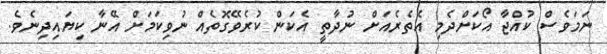
ނަމަވެސް ކުއްޖާ އޯކަށްދެމި އެތެރެއަށް ނުދާތީ އެކަން ކުރެވޭގޮތެއް ނުވިކަމަށް އޭނާ ކިޔައިދިނެވެ.